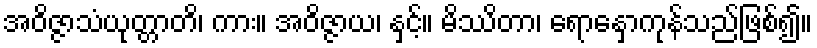
အဝိဇ္ဇာသံယုတ္တာတိ၊ ကား။ အဝိဇ္ဇာယ၊ နှင့်။ မိဿိတာ၊ ရောနှောကုန်သည်ဖြစ်၍။